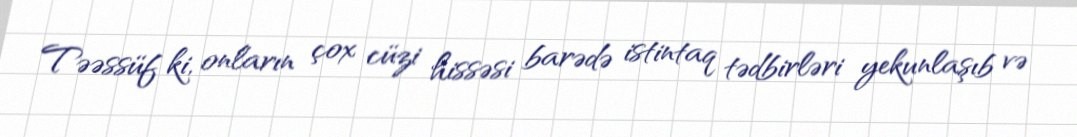
Təəssüf ki, onların çox cüzi hissəsi barədə istintaq tədbirləri yekunlaşıb və